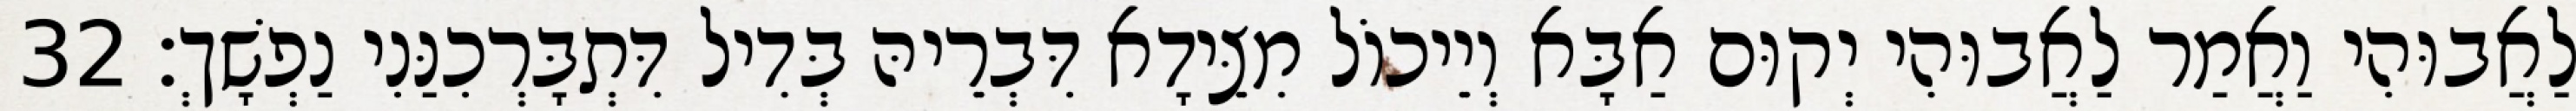
לַאֲבוּהִי וַאֲמַר לַאֲבוּהִי יְקוּם אַבָּא וְיֵיכוֹל מִצֵּידָא דִּבְרֵיהּ בְּדִיל דִּתְבָּרְכִנַּנִי נַפְשָׁךְ׃ 32